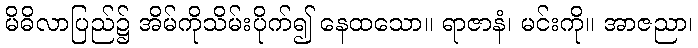
မိဓိလာပြည်၌ အိမ်ကိုသိမ်းပိုက်၍ နေထသော။ ရာဇာနံ၊ မင်းကို။ အာဇညာ၊